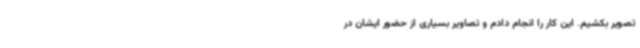
تصویر بکشیم. این کار را انجام دادم و تصاویر بسیاری از حضور ایشان در